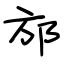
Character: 邡